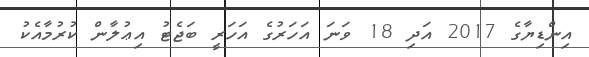
އިންޑިޔާގެ 2017 އަދި 18 ވަނަ އަހަރުގެ އަހަރީ ބަޖެޓު އިޢުލާން ކުރުމާއެކު